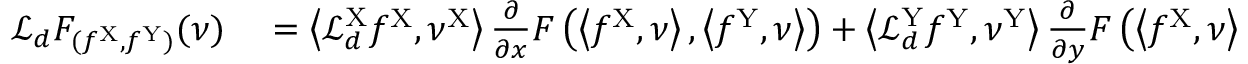
\begin{array} { r l } { \mathcal { L } _ { d } F _ { ( f ^ { \mathrm { X } } , f ^ { \mathrm { Y } } ) } ( \nu ) } & { { } = \left\langle \mathcal { L } _ { d } ^ { \mathrm { X } } f ^ { \mathrm { X } } , \nu ^ { \mathrm { X } } \right\rangle \frac { \partial } { \partial x } F \left( \left\langle f ^ { \mathrm { X } } , \nu \right\rangle , \left\langle f ^ { \mathrm { Y } } , \nu \right\rangle \right) + \left\langle \mathcal { L } _ { d } ^ { \mathrm { Y } } f ^ { \mathrm { Y } } , \nu ^ { \mathrm { Y } } \right\rangle \frac { \partial } { \partial y } F \left( \left\langle f ^ { \mathrm { X } } , \nu \right\rangle , \left\langle f ^ { \mathrm { Y } } , \nu \right\rangle \right) + } \end{array}